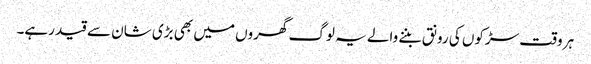
ہر وقت سڑکوں کی رونق بننے والے یہ لوگ گھروں میں بھی بڑی شان سے قید رہے۔